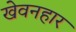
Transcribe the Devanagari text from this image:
खेवनहार